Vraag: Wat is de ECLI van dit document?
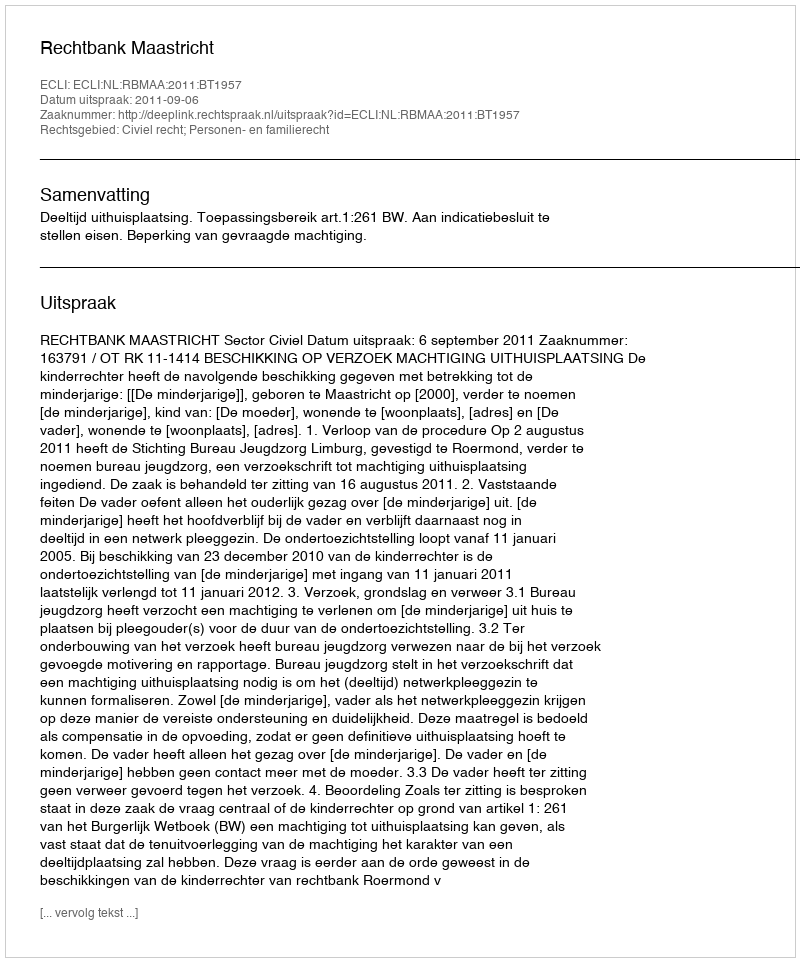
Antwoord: ECLI:NL:RBMAA:2011:BT1957